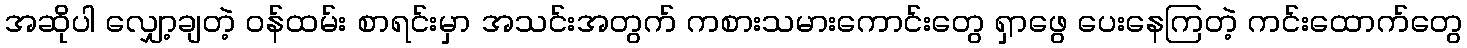
အဆိုပါ လျှော့ချတဲ့ ဝန်ထမ်း စာရင်းမှာ အသင်းအတွက် ကစားသမားကောင်းတွေ ရှာဖွေ ပေးနေကြတဲ့ ကင်းထောက်တွေ